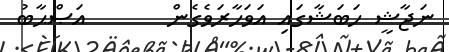
ނަޖާޝީ ހަބަޝާގައި އަވަހާރަވެގެން       އަޞްޙާބު